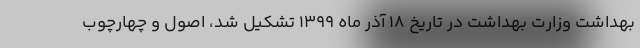
بهداشت وزارت بهداشت در تاریخ ۱۸ آذر ماه ۱۳۹۹ تشکیل شد، اصول و چهارچوب